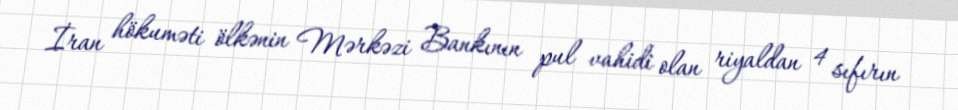
İran hökuməti ölkənin Mərkəzi Bankının pul vahidi olan riyaldan 4 sıfırın